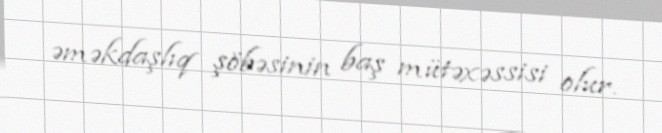
əməkdaşlıq şöbəsinin baş mütəxəssisi olur.